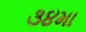
૩૪મા